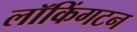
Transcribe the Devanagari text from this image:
लॉकिंगटन